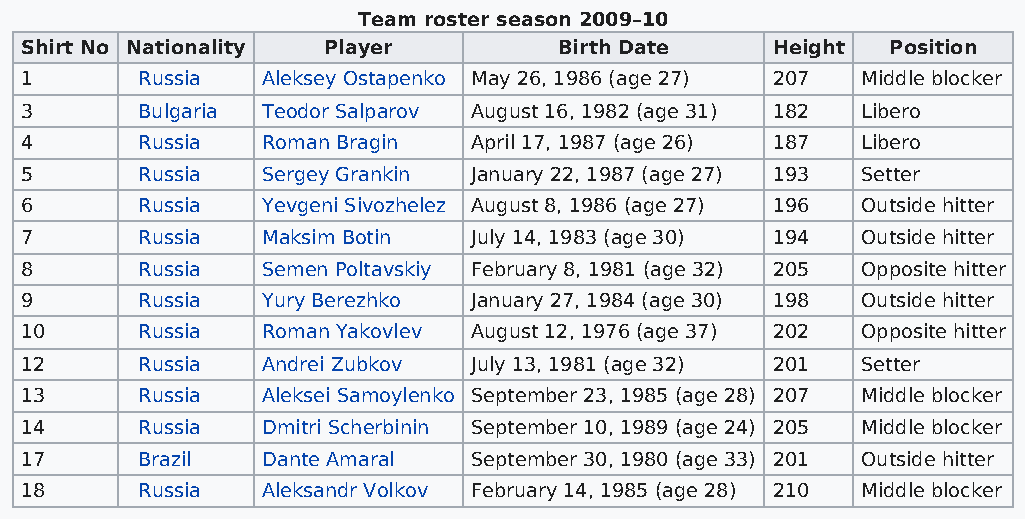
Team roster season 2009–10
 Shirt No Nationality Player         Birth Date    Height  Position
 1       Russia  Aleksey Ostapenko May 26, 1986 (age 27) 207 Middle blocker
 3       Bulgaria Teodor Salparov August 16, 1982 (age 31) 182 Libero
 4       Russia  Roman Bragin  April 17, 1987 (age 26) 187 Libero
 5       Russia  Sergey Grankin January 22, 1987 (age 27) 193 Setter
 6       Russia  Yevgeni Sivozhelez August 8, 1986 (age 27) 196 Outside hitter
 7       Russia  Maksim Botin  July 14, 1983 (age 30) 194 Outside hitter
 8       Russia  Semen Poltavskiy February 8, 1981 (age 32) 205 Opposite hitter
 9       Russia  Yury Berezhko January 27, 1984 (age 30) 198 Outside hitter
 10      Russia  Roman Yakovlev August 12, 1976 (age 37) 202 Opposite hitter
 12      Russia  Andrei Zubkov July 13, 1981 (age 32) 201 Setter
 13      Russia  Aleksei Samoylenko September 23, 1985 (age 28) 207 Middle blocker
 14      Russia  Dmitri Scherbinin September 10, 1989 (age 24) 205 Middle blocker
 17      Brazil  Dante Amaral  September 30, 1980 (age 33) 201 Outside hitter
 18      Russia  Aleksandr Volkov February 14, 1985 (age 28) 210 Middle blocker